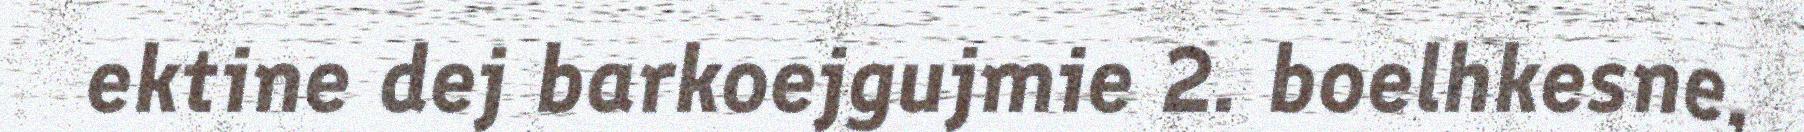
ektine dej barkoejgujmie 2. boelhkesne,